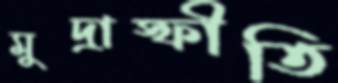
মুদ্রাস্ফীতি